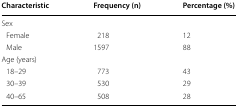
<table><thead><tr><td><b>Characteristic</b></td><td><b>Frequency (n)</b></td><td><b>Percentage (%)</b></td></tr></thead><tbody><tr><td colspan="3">Sex</td></tr><tr><td> Female</td><td>218</td><td>12</td></tr><tr><td> Male</td><td>1597</td><td>88</td></tr><tr><td colspan="3">Age (years)</td></tr><tr><td> 18–29</td><td>773</td><td>43</td></tr><tr><td> 30–39</td><td>530</td><td>29</td></tr><tr><td> 40–65</td><td>508</td><td>28</td></tr></tbody></table>